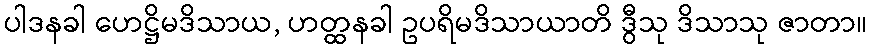
ပါဒနခါ ဟေဋ္ဌိမဒိသာယ, ဟတ္ထနခါ ဥပရိမဒိသာယာတိ ဒွီသု ဒိသာသု ဇာတာ။